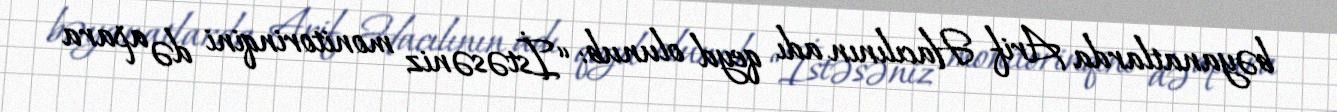
bəyanatlarda Arif Hacılının adı qeyd olunub: “İstəsəniz monitorinqini də apara